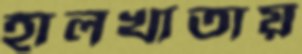
হালখাতায়